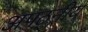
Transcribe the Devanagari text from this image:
अपठ्नीय